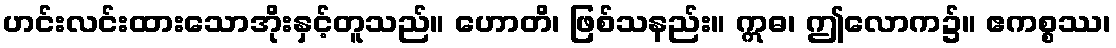
ဟင်းလင်းထားသောအိုးနှင့်တူသည်။ ဟောတိ၊ ဖြစ်သနည်း။ ဣဓ၊ ဤလောက၌။ ဧကစ္စဿ၊